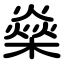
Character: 燊